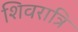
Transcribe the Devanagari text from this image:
शिवरात्रि